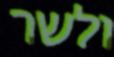
ולשר